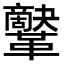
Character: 𩍷